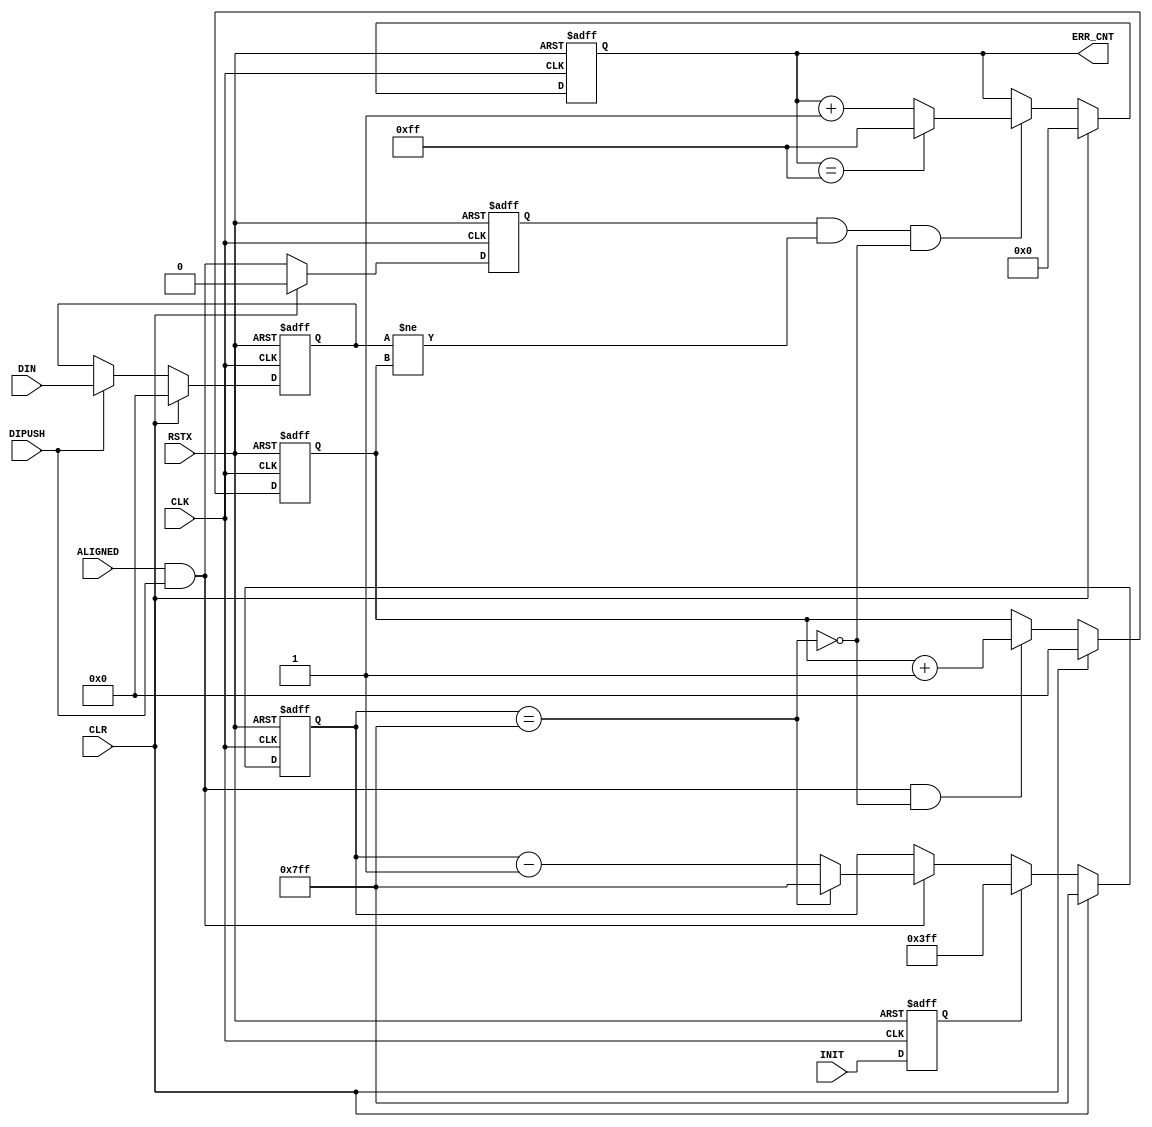
module parallel_recv (
 input             RSTX,
 input             CLK,
 input             CLR,
 input             ALIGNED,
 input             DIPUSH,
 input      [31:0] DIN,
 input             INIT,

 output reg [ 7:0] ERR_CNT
);

wire divalid = ALIGNED & DIPUSH;

reg divalid_d1;
always @(posedge CLK or negedge RSTX)
  if (!RSTX)    divalid_d1 <= 1'b0;
  else if (CLR) divalid_d1 <= 1'b0;
  else          divalid_d1 <= divalid;

reg [31:0] din_d1;
always @(posedge CLK or negedge RSTX)
  if (!RSTX)       din_d1 <= 32'd0;
  else if (CLR)    din_d1 <= 32'd0;
  else if (DIPUSH) din_d1 <= DIN;

reg [10:0] recv_cnt;
reg        init_d1;
always @(posedge CLK or negedge RSTX)
  if (!RSTX) init_d1 <= 1'b0;
  else       init_d1 <= INIT;
wire recv_cnt_m1 = recv_cnt == ~11'd0;
always @(posedge CLK or negedge RSTX)
  if (!RSTX)            recv_cnt <= ~11'd0;
  else if (CLR)         recv_cnt <= ~11'd0;
  else if (init_d1)     recv_cnt <= 11'd1023;
  else if (!divalid)    recv_cnt <= recv_cnt;
  else if (recv_cnt_m1) recv_cnt <= ~11'd0;
  else                  recv_cnt <= recv_cnt - 11'd1;

reg [31:0] ref_data;
always @(posedge CLK or negedge RSTX)
  if (!RSTX)                        ref_data <= 32'd0;
  else if (CLR)                     ref_data <= 32'd0;
  else if (divalid && !recv_cnt_m1) ref_data <= ref_data + 32'd1;

always @(posedge CLK or negedge RSTX)
  if (!RSTX)                 ERR_CNT <= 8'd0;
  else if (CLR)              ERR_CNT <= 8'd0;
  else if (!(divalid_d1 && din_d1 != ref_data && !recv_cnt_m1))
                             ERR_CNT <= ERR_CNT;
  else if (ERR_CNT == ~8'd0) ERR_CNT <= ~8'd0;
  else                       ERR_CNT <= ERR_CNT + 8'd1;

endmodule